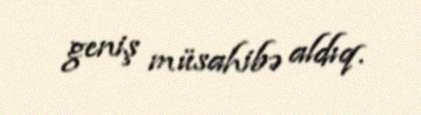
geniş müsahibə aldıq.